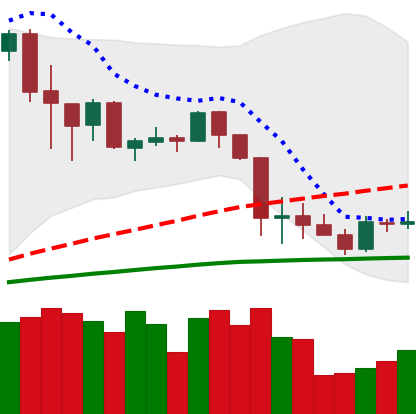
Ticker: ADA-USD
Chart end date: 2020-03-04
Forward return: -15.35%
Label: down_7plus